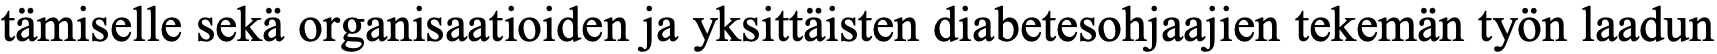
tämiselle sekä organisaatioiden ja yksittäisten diabetesohjaajien tekemän työn laadun